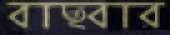
বাছবার